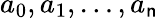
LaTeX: a_{0},a_{1},\dots,a_{\mathsf{n}}